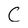
Character: C